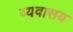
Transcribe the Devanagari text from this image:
व्यवासय